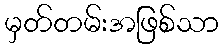
မှတ်တမ်းအဖြစ်သာ